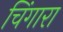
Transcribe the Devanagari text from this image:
चिंगारा